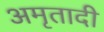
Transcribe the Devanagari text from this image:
अमृतादी